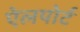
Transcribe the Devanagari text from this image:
ऐलपोर्ट